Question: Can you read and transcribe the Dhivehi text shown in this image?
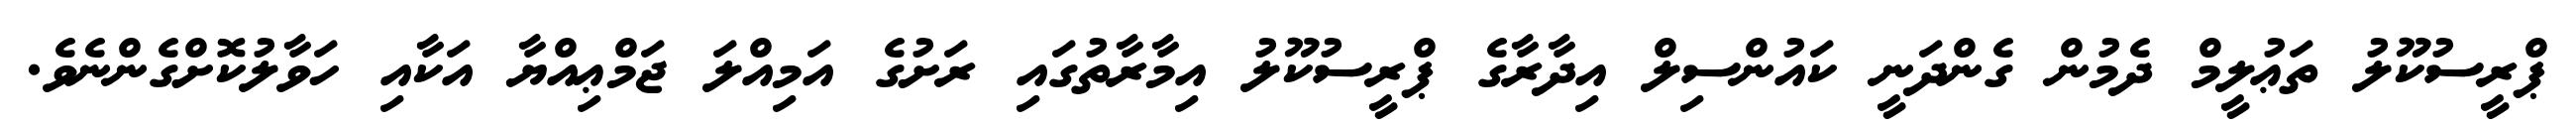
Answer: ޕްރީސުކޫލު ތަޢުލީމް ދެމުން ގެންދަނީ ކައުންސިލް އިދާރާގެ ޕްރީސުކޫލު އިމާރާތުގައި ރަށުގެ އަމިއްލަ ޖަމްޢިއްޔާ އަކާއި ހަވާލުކޮށްގެންނެވެ.